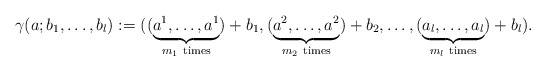
\begin{align*}\gamma(a;b_1,\ldots,b_l) :=((\underbrace{a^1,\ldots,a^1}_{m_1{\ \rm times}})+b_1,(\underbrace{a^2,\ldots,a^2}_{m_2{\ \rm times}})+b_2,\ldots,(\underbrace{a_l,\ldots,a_l}_{m_l{\ \rm times}})+b_l).\end{align*}